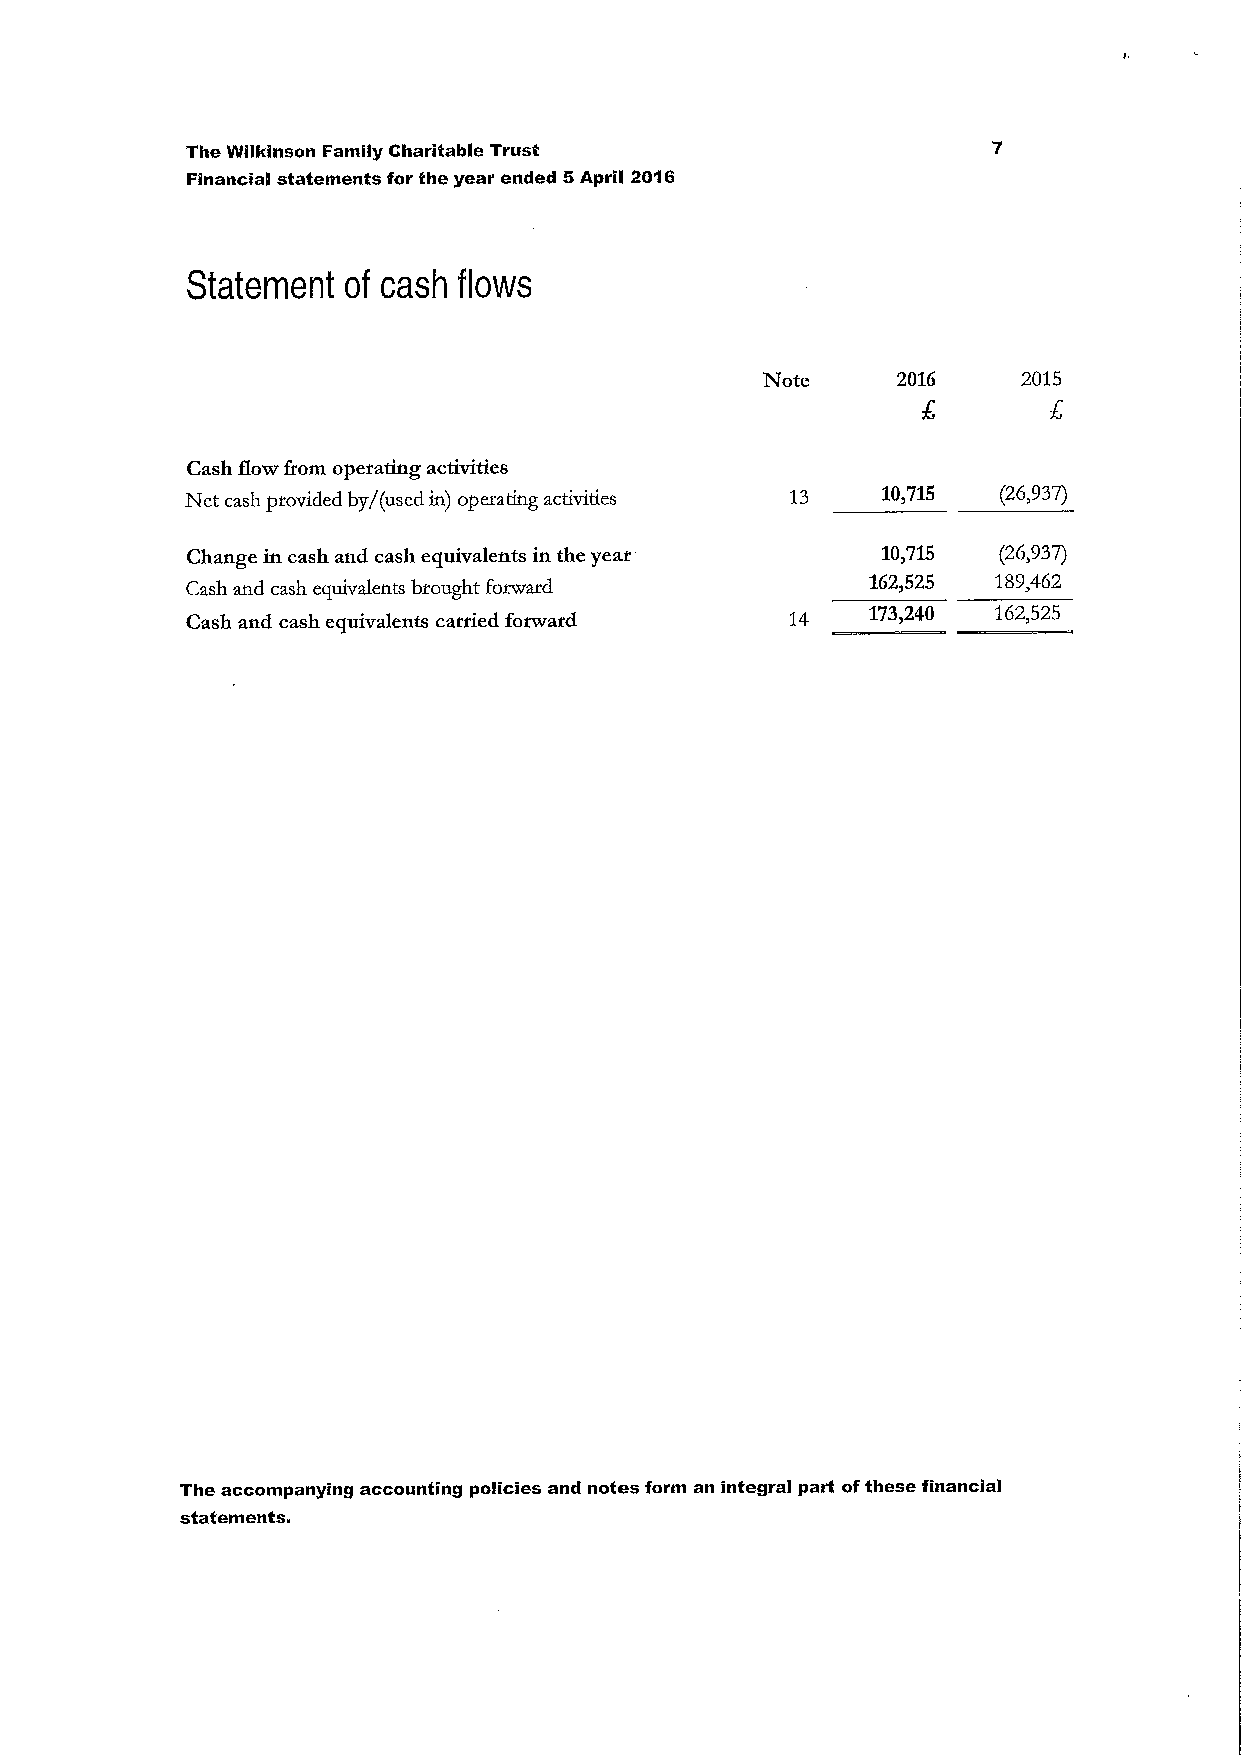
The Wilidnson Family Charitable Trust
 Financial statements for the year ended 5April 2016
 Statement  of cash flows
 Note     2016     2015
 Cash flow from operating activities
 Net cash provided by/(used in) operating activities 10,715 (26,937)
 Change in cash and cash equivalents in the year 10,715 (26,937)
 Cash and cash equivalents brought forward     162,525 189,462
 Cash and cash equivalents carried forward 14  173,240 162,525
 The accompanying accounting policies and notes form an integral part ofthese financial
 statements.